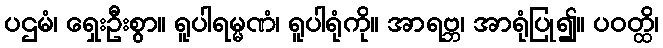
ပဌမံ၊ ရှေးဦးစွာ။ ရူပါရမ္မဏံ၊ ရူပါရုံကို။ အာရဗ္ဘ၊ အာရုံပြု၍။ ပဝတ္ထိ၊